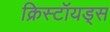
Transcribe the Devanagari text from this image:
क्रिस्टॉयड्स